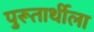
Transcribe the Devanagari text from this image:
पुरूतार्थीला